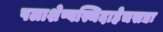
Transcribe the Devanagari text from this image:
पलाशेष्वस्थिदाहेचसद्यः